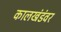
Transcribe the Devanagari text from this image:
कालखंडंवर